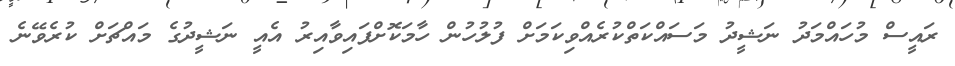
ރައީސް މުހައްމަދު ނަޝީދު މަސައްކަތްކުރެއްވިކަމަށް ފުލުހުން ހާމަކޮށްފައިވާއިރު އެއީ ނަޝީދުގެ މައްޗަށް ކުރެވޭނެ